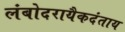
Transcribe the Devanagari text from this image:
लंबोदरायैकदंताय